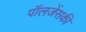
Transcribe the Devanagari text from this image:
पॉलजेंसकी